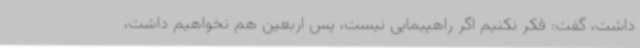
داشت، گفت: فکر نکنیم اگر راهپیمایی نیست، پس اربعین هم نخواهیم داشت،